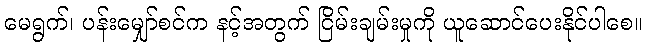
မေရွက်၊ ပန်းမျှော်စင်က နင့်အတွက် ငြိမ်းချမ်းမှုကို ယူဆောင်ပေးနိုင်ပါစေ။